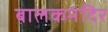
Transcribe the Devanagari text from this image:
बालकमंदिर